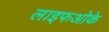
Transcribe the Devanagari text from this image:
लाइफओके